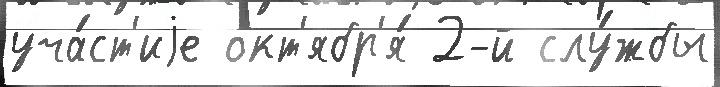
уча́ст'иjе окт'ябр'я́ 2-й слу́жбы